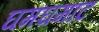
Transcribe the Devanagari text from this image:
घमघमाट